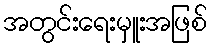
အတွင်းရေးမှူးအဖြစ်